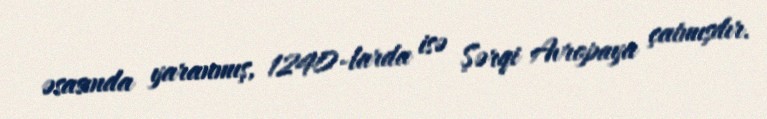
əsasında yaranmış, 1240-larda isə Şərqi Avropaya çatmışdır.